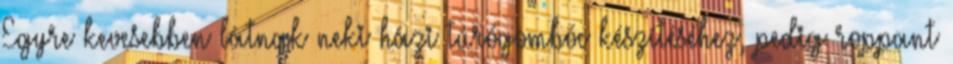
Egyre kevesebben látnak neki házi túrógombóc készítéséhez, pedig roppant